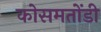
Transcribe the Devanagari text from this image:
कोसमतोंडी